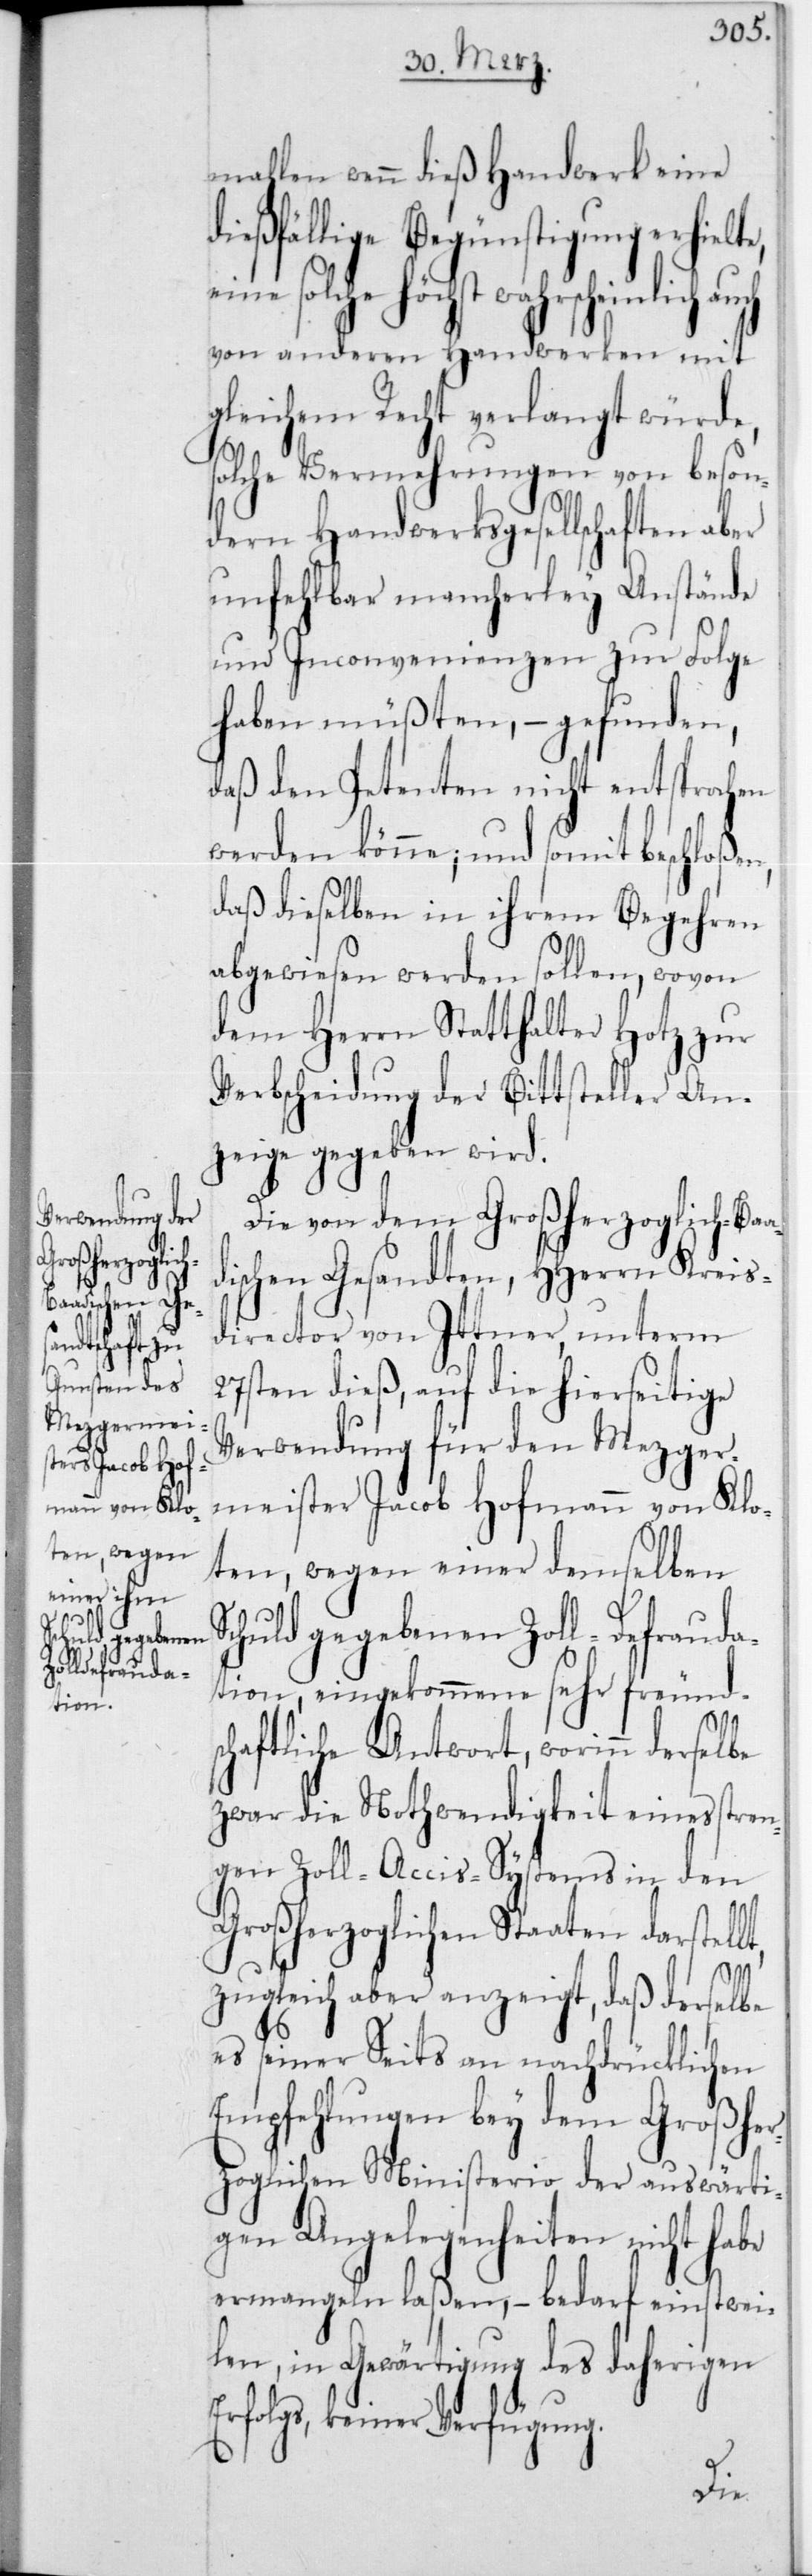
Schuld gegebenen
Zoll-Defrauda¬

mahlen wenn dieß Handwerk eine
dießfällige Begünstigung erhielte,
eine solche höchst wahrscheinlich auch
von anderen Handwerken mit
gleichem Recht verlangt würde,
solche Vermehrungen von beson¬
dern Handwerksgesellschaften aber
unfehlbar mancherley Anstände
und Inconvenienzen zur Folge
haben müßten, – gefunden,
daß den Petenten nicht entsprochen
werden könne, und somit beschloßen,
daß dieselben in ihrem Begehren
abgewiesen werden sollen, wovon
dem Herrn Statthalter Hotz zur
Verbscheidung der Bittsteller An¬
zeige gegeben wird.
Die von dem Großherzoglich-Ba¬
ischen Gesandten, HHerrn Kreis¬
director von Ittner, unterm
27sten dieß, auf die hierseitige
Verwendung für den Mezger¬
meister Jacob Hofmann von Klo¬
ten, wegen einer demselben
tion, eingekommene sehr freunds¬
chaftliche Antwort, worinn derselbe
zwar die Notwendigkeit eines stren¬
gen Zoll-Accis-Systems in den
Großherzoglichen Staaten darstell¬
zugleich aber anzeigt, daß derselbe
es seiner Seits an nachdrücklichen
Empfehlungen bey dem Großher¬
zoglichen Ministerio der auswärti¬
gen Angelegenheiten nicht habe
ermangeln laßen, – bedarf einstwei¬
len, in Gewärtigung des daherigen
Erfolgs, keiner Verfügung.
t,